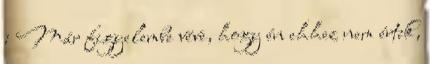
: Már figyelembe véve, hogy én ehhez nem értek,